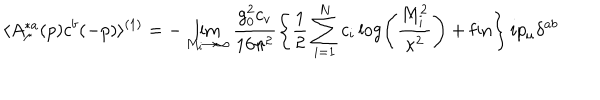
\langle A _ { \mu } ^ { * a } ( p ) c ^ { b } ( - p ) \rangle ^ { ( 1 ) } = - \lim _ { M _ { i } \rightarrow \infty } \frac { g _ { 0 } ^ { 2 } c _ { v } } { 1 6 \pi ^ { 2 } } \left\{ \frac { 1 } { 2 } \sum _ { i = 1 } ^ { N } c _ { i } \log \left( \frac { M _ { i } ^ { 2 } } { \kappa ^ { 2 } } \right) + \mathrm { f i n } \right\} i p _ { \mu } \delta ^ { a b }